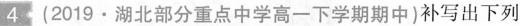
4 (2019·湖北部分重点中学高一下学期期中)补写出下列